Report on horse surra - Volume II, Part II
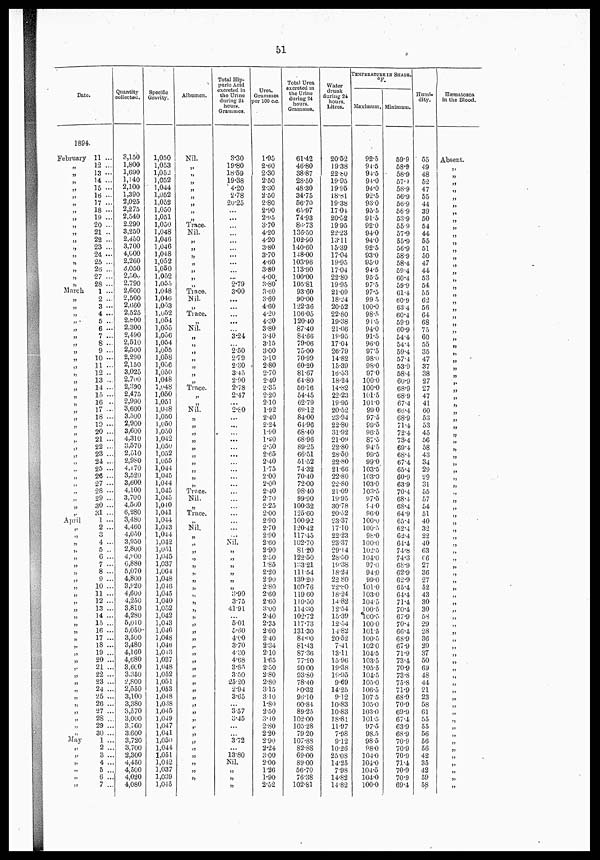
51
Date.
1894.
February
„
„
„
„
„
„
„
„
„
„
„
„
„
„
„
March
„
„
„
„
„
„
„
„
„
„
„
„
„
April
„
„
„
„
„
„
„
„
„
„
„
„
„
„
„
„
„
„
„
„
„
„
„
„
„
„
„
„
May
„
„
„
„
„
11 ...
12 ...
13 ..
14 ...
15 -.
16 ....
17 .-
18 -
19 ...
20 ...
21 ..
22 ...
23 ...
24 ...
25 ...
26 ...
27 ...
28 ...
1 ...
2 ...
3...
4 ...
5 ...
6 .
7 ...
8 ...
9 ...
10 ...
11 ...
12 ..
13 ...
14 ...
15...
16 ..
17 ...
18 ...
19 ...
20 ...
21 ...
22 ...
23 ...
24 ...
25 ...
26 ...
27 ...
28 .-
29 ...
30 ...
31 -
1 .
2 ...
4 ...
5 ..
6 ...
7 ...
8 ...
9 ...
10 ...
11 ...
12 ...
13 ...
14 ...
15 ..
16 ...
17 ..
18 ..
19 ..
20 ..
21 ..
22 ..
23 ..
24 ..
25 ..
26 ..
27 ..
28 ..
29 ..
30 ..
1 ..
2 ..
3 ..
4 ..
5 ..
6 ..
7 ..
Quantity
collected.
3,150
1,800
1,690
1,140
2,100
1,390
2,025
2,275
2,540
2.290
3,250
2,450
3,700
4,000
2,260
3.050
2500
2,790
2,600
2,500
2,660
2,525
2.b00
2,300
2,490
2,510
2,500
2,290
2,150
3,025
2,700
2,390
2,475
2,990
3,600
3,500
2,900
3,600
4,310
3,570
2,510
2,980
4,170
3,520
3,600
4,100
3,700
4,560
6,280
3,480
4,460
4,050
3.950
2,800
4.900
6,880
5,070
4,800
3,920
4,600
4,250
3,810
4,280
5,010
5,050
3,500
3,480
4,160
4,680
3.600
3.350
2,800
2,550
3,100
3,380
3,570
3.000
3.760
3.600
3,720
3,700
2,300
4,450
4,500
4,020
4,080
Specific
Gravity.
1,050
1,053
1,052
1,052
1,044
1,052
1,052
1,050
1,051
1,050
1,048
1,046
1,046
1,048
1,052
1,050
1,052
1,055
1,048
1,046
1,053
1,052
1,054
1,055
1,056
1,054
1,055
1,058
1,056
1,050
1,048
1,048
1,050
1,051
1,048
1,050
1,050
] ,050
1,042
1,050
1,052
1,055
1,044
1,045
1,044
1,045
1,045
1,040
1,041
1,044
1,0J3
1,044
1,042
1,051
1,045
1,037
1,064
1,048
1,046
1,045
1,040
1,052
1,042
1,043
1,046
1,048
1,046
1,043
1,037
1,048
1,052
1,051
1,053
1,048
1,038
1,045
1,049
1,047
1,041
1,050
1,044
1,051
1,042
1,037
1,039
1,045
Albumen.
Nil.
„
„
„
„
„
„
„
„
Trace.
Nil.
|„
„
„
„
„
„
„
Trace.
Nil.
„
Trace.
„
Nil.
„
„
„
„
„
„
„
Trace.
„
„
Nil.
„
„
„
„
„
„
„
„
„
Trace.
Nil.
„
Trace.
„
Nil.
„
„
„
„
„
„
„
„
„
„
„
„
„
„
„
„
„
„
„
„
„
„
„
„
„
„
„
„
„
„
„
„
„
„
„
Total Hip¬
puric Acid
excrcted in
the Urine
during 24
hours.
Grammes.
3.30
19.80
18.59
19.38
4.20
2.78
20.25
...
...
...
...
...
...
...
...
2.79
3.00
....
....
...
....
3.24
...
2.50
2.79
2.30
345
2.90
2.78
2.47
...
2.80
...
.....
...
...
...
....
...
...
...
...
...
...
...
...
...
...
Nil.
„
„
„
„
„
„
3.90
3.75
41.„
...
5.01
5.60
4.00
3.70
4.3O
4.68
3.83
3.50
25.20
2.94
3.65
...
3.57
3.45
...
...
3.72
...
13.80
Nil.
„
„
„
Urea,
Grammes
per 100 c.c.
1.95
2.60
2.30
2.50
2.30
2.50
2.80
2.90
2.95
3.70
4.20
4.20
3.80
3.70
4.60
3.80
4.00
3.8O
3.60
3.60
4.60
4.20
4.30
3.80
3.40
3.15
3.00
3.10
2.80
2.70
2.40
20.35
2.20
2.10
1.92
2.40
2.24
1.90
1.60
2.50
2.65
2.40
1.75
2.00
2.00
2.40
2.70
2.25
2.00
2.90
2.70
2.90
2.60
2.90
2.50
1.85
2.20
2.90
2.80
2.60
2.60
3.00
2.40
2.35
2.60
240
2.34
2.10
1.65
2.50
2.80
2.80
315
310
1.80
2.50
3.40
2.80
2.20
2.90
2.24
3.00
2.00
1.26
1.90
2.52
Total Urea
excreted in
the Urine
during 24
hours.
Grammes.
61.42
46.80
38.87
28.50
48.30
34.75
56.70
65.97
74.93
86.73
136.50
102-90
140.60
148.00
103.96
113.90
100.00
105.81
9360
90.00
122.36
106.05
120.40
87.40
84.66
79.06
75.00
70.99
60.20
81.67
64.80
56.16
54.45
62.79
69.12
84.00
64.96
68.40
68.96
89.25
66.51
51.52
74.32
70.40
72.00
98.40
99.90
100.32
125.60
100.92
120.42
117.45
102.70
81.20
122.50
133.21
111.54
13920
109.76
119 60
110.50
114.30
102.72
117.3
131.0
84.00
81.3
87.6
77.20
8000
93.80
78.40
80.32
96.10
60.84
89.25
102.00
105.28
7920
107.88
82.88
69.00
89.00
56.70
76.8
102.1
Water
drunk
during 24
hours.
Litres.
20.52
19.38
22.80
1905
19.95
18.31
19.38
17.04
20.52
19.95
22.23
13.11
15.39
17.04
19.95
17.04
22.80
19.95
21.09
18.24
20.52
22.80
19.38
21.66
19.95
17.04
26.79
14.82
15.39
16.53
180.24
14.82
22.23
19.95
20.52
23.94
22.80
31.92
21.09
22.80
28.50
22.80
21.66
22.80
22.80
21.09
19.95
30.78
20.52
23.37
17.10
22.23
23.37
29.14
28.50
19.38
18.24
22 80
22.80
18.24
14.82
12.54
15.39
12.54
14.82
20.52
7.41
13.11
15.96
19.38
19.95
9.69
14.25
9.12
10.83
10.83
18.81
11.97
7.98
9.12
10.26
25.08
14.25
7.98
14.82
14.82
TEPERATURE IN SHADE
Maximum.
92.5
94.5
94.5
94.0
94.0
92.5
93.0
95.5
„.5
92.0
94.0
94.0
92.5
93.0
95.0
94.5
95.5
97.5
97.5
99 5
100.0
98.5
„.5
94.0
„.5
96.0
97.5
98.0
98.0
97.0
100.0
100.0
101.5
101.0
990
97.5
99.5
96.5
87.5
94.5
99.5
99.0
103.5
103.0
103.0
103.5
97.5
94.0
96.0
100.0
100.5
98.0
100.0
102.5
104.0
97.0
94.0
99.0
101.0
103.0
104.5
100.5
100.5
1000
101.5
100.5
102.0
104.5
103.5
105.5
104.5
105.0
106.5
1075
105.0
103.0
101.5
97.5
98.5
98.5
98.0
104.0
104.0
104.5
104.0
100.0
Minimum.
59.9
58.9
58.9
57.9
58.9
56.9
56.9
56.9
53.9
55.9
57.9
55.9
56.9
58.9
58.4
59.4
60.4
59.9
61.4
60.9
634
60.4
59.9
60.9
54.4
54.4
59.4
57.4
53.9
58.4
60.9
68.9
68.9
67.4
66.4
68.9
71.4
72.4
73.4
69.4
68.4
67.4
65.4
60.9
63.9
70.4
68.4
68.4
64-9
65.4
62.4
62.4
64.4
74.8
74.3
68.9
62.9
62.9
65.4
64.4
71.4
70.4
67.9
70.4
66.4
68.9
67.9
71.9
73.4
70.9
73.8
75.8
71.9
68.9
70.9
69.9
67.4
63.9
68.9
70.9
70.9
70.9
71.4
70.9
70.9
69.4
Humi-
dity.
55
49
48
52
47
55
44
39
50
54
44
55
51
50
47
44
53
54
55
62
56
64
68
75
60
55
35
47
37
38
27
27
47
41
60
53
53
45
56
58
43
34
29
29
31
55
57
54
51
40
32
22
40
63
66
27
36
27
52
43
30
30
58
29
28
36
29
37
50
69
48
44
21
23
58
61
55
55
56
56
56
42
35
42
59
58
Hæniatozoa
in the Blood.
Absent.
„
„
„
„
„
„
„
„
„
„
„
„
„
„
„
„
„
„
„
„
„
„
„
„
„
„
„
„
„
„
„
„
„
„
„
„
„
„
„
„
„
„
„
„
„
„
„
„
„
„
„
;,
„
„
„
„
„
„
„
„
„
„
„
„
„
„
„
„
„
„
„
„
„
„
„
„
„
„
„
„
„
„
„
„